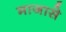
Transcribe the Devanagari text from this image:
माजासे